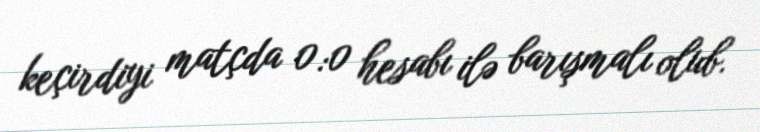
keçirdiyi matçda 0:0 hesabı ilə barışmalı olub.